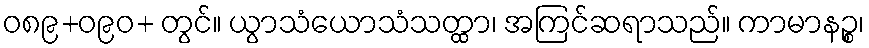
ဝ၈၉+ဝ၉၀+ တွင်။ ယွာသံယောသံသတ္ထာ၊ အကြင်ဆရာသည်။ ကာမာနဉ္စ၊